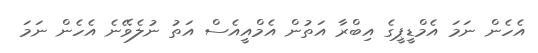
އެހެން ނަމަ އެމްޑީޕީގެ އިބްރާ އަތުން އެމްއީއެސް އަތު ނުލެވޭނެ އެހެން ނަމަ